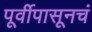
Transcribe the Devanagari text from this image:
पूर्वीपासूनचं